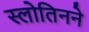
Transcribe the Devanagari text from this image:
स्लोतिनने